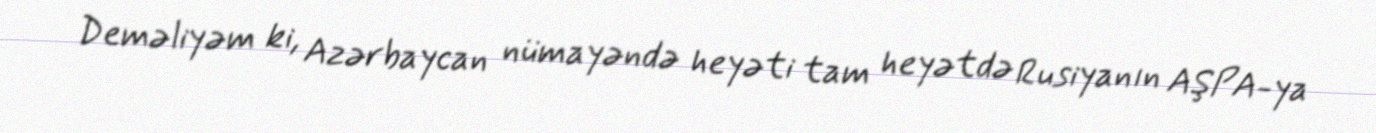
Deməliyəm ki, Azərbaycan nümayəndə heyəti tam heyətdə Rusiyanın AŞPA-ya